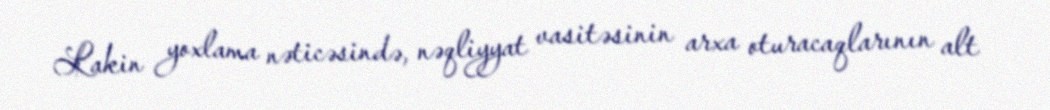
Lakin yoxlama nəticəsində, nəqliyyat vasitəsinin arxa oturacaqlarının alt